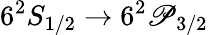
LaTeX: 6^{2}S_{1/2}\rightarrow6^{2}\mathscr{P}_{3/2}